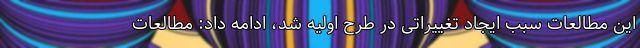
این مطالعات سبب ایجاد تغییراتی در طرح اولیه شد، ادامه داد: مطالعات